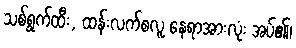
သစ်ရွက်ထီး, ထန်းလက်စလူ နေရာအားလုံး အပ်၏၊